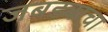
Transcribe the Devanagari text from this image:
जबड्याचा